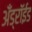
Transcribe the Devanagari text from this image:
अँड्रॉईड